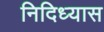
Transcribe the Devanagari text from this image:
निदिध्यास